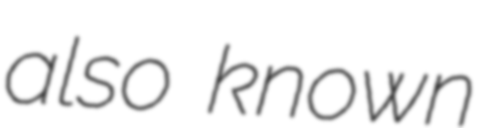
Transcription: also known